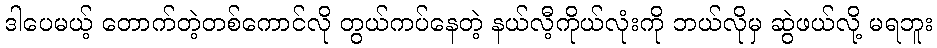
ဒါပေမယ့် တောက်တဲ့တစ်ကောင်လို တွယ်ကပ်နေတဲ့ နယ်လီ့ကိုယ်လုံးကို ဘယ်လိုမှ ဆွဲဖယ်လို့ မရဘူး